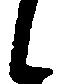
候